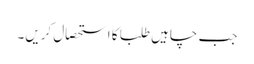
جب چاہیں طلبا کا استحصال کریں۔